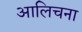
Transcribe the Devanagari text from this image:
आलिचना